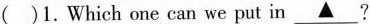
( )1.Which one can we put in\underline{▲}?